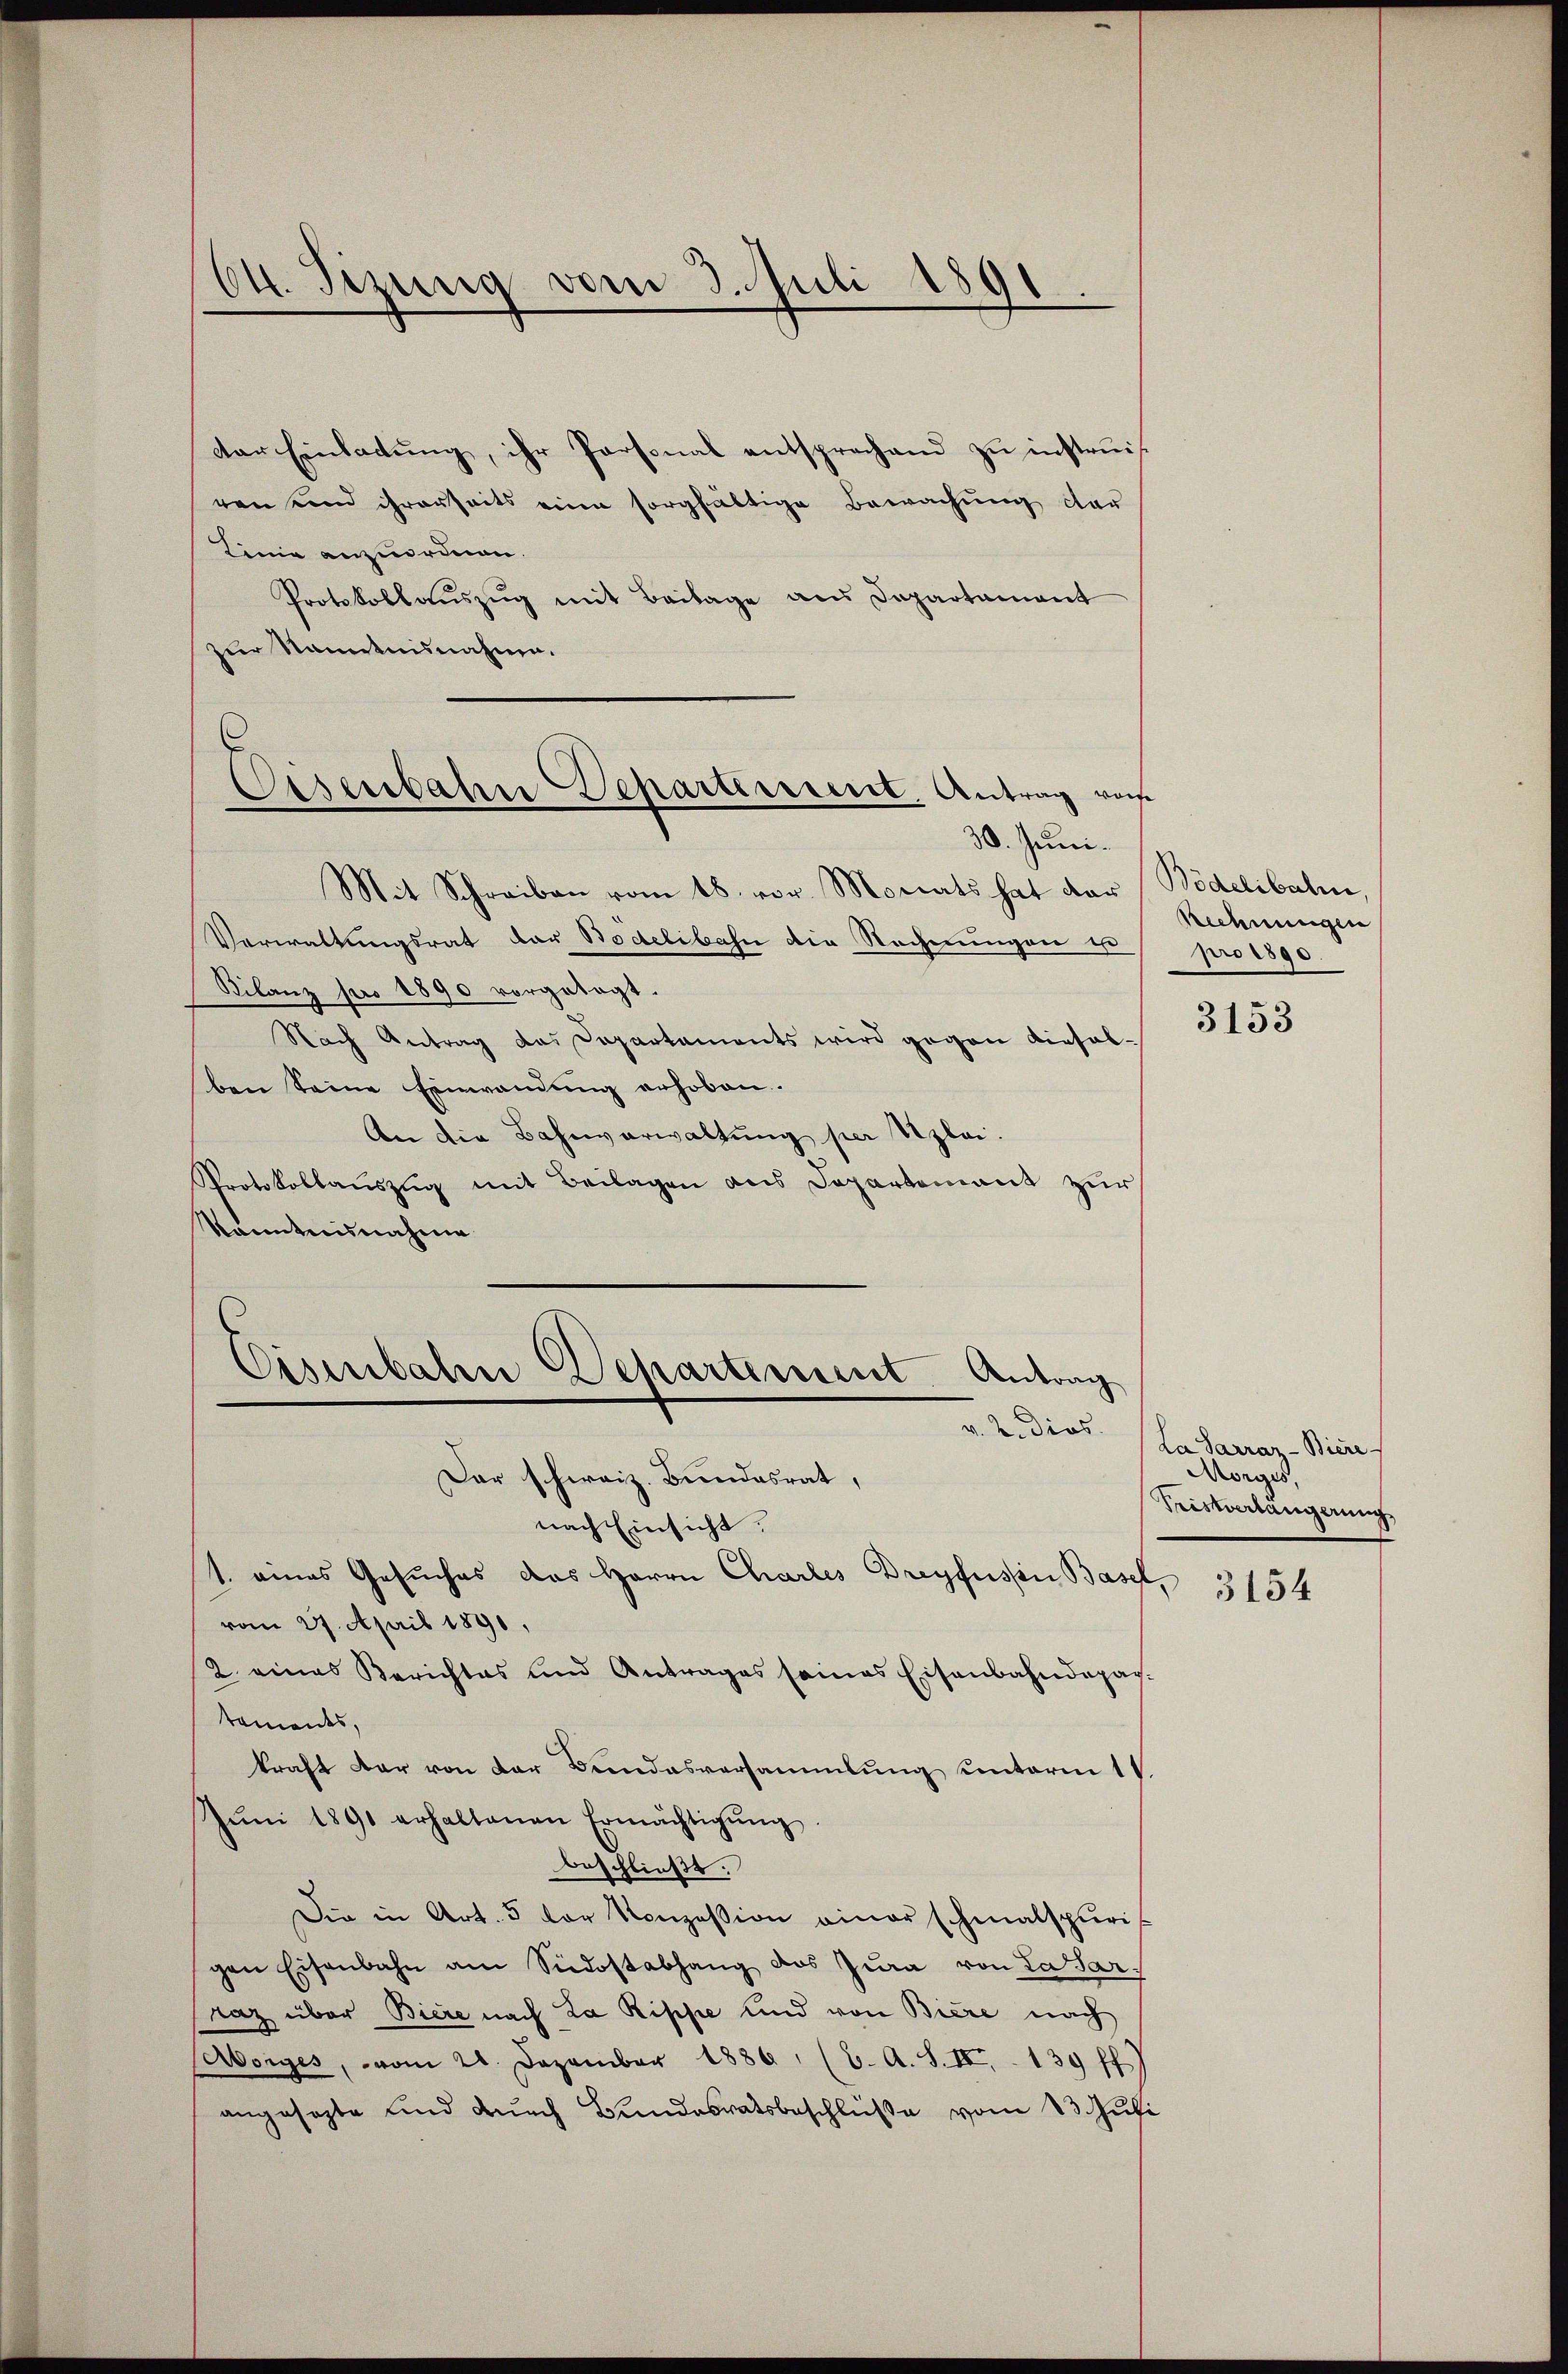
04. Sizung vom 3. Juli 1891.

der Einladung, ihr Personal entsprechend zu instruisren und ihrerseits eine sorgfältige Bewachŭng dar
Linie anzuordnen.
Protokollaŭszŭg mit Beilage aus Departament
zur Stammtnisnahme.

Disenbahne Departement, Antrag vom
30. Juni.

Mit Schreiben vom 18. vor. Monats hat dar (Bödelibalen,
Verwaltungsrat der Bodelibahn die Rechnungen ist
Bilanz pro 1890 vorgetagt.
Nach Antrag das Departaments wird gegen dieselben Seine Einwandung erhoben.
An die Bahnverwaltung per Szlei.
Protokollaŭszŭg mit Beilagen aus Departement zŭr
Kenntnisnahme

Eisenbahn Departement
Antrag
v. 2. dios.

Der schweiz. Bundesrat,
nach Einsicht.
1. eines Gesuches das Herrn Charles Dreyfussin Basel,
vom 27. April 1890,
2 eines Berichtes und Antrages seines Eisenbahndepar-
tements,
kraft dar von der Bundesversammlung unterm 1
Jŭni 1890 erhaltenen Ermächtigŭng
beschließt.
Die in Art. 5 der Konzession einer schmalspuris
gen Eisenbahn am Südostabhang des Jura von Lasar,
raz über Biere nach La Rippe und von Biere nach
(Morges, vom 21. Dezember 1886 (6. A. S. II 139 ff.)
angesezte und durch Bundesratsbeschlüße vom 13. Juli

Rechnungen
pro 1890.

3153

La Sarrar- Biere
Morges,
Tristverlängerung

3154